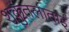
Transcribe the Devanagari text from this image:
शकुंतलाताई